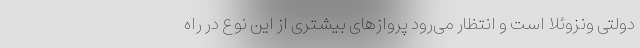
دولتی ونزوئلا است و انتظار می‌رود پروازهای بیشتری از این نوع در راه